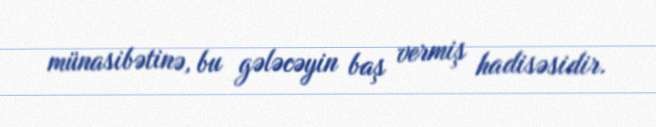
münasibətinə, bu gələcəyin baş vermiş hadisəsidir.